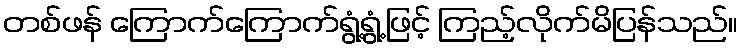
တစ်ဖန် ကြောက်ကြောက်ရွံ့ရွံ့ဖြင့် ကြည့်လိုက်မိပြန်သည်။